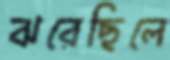
ঝরেছিলে